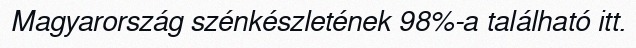
Magyarország szénkészletének 98%-a található itt.